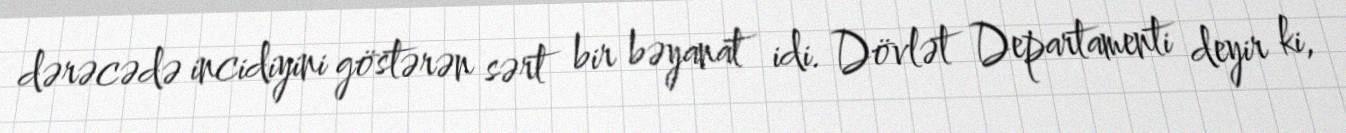
dərəcədə incidiyini göstərən sərt bir bəyanat idi. Dövlət Departamenti deyir ki,